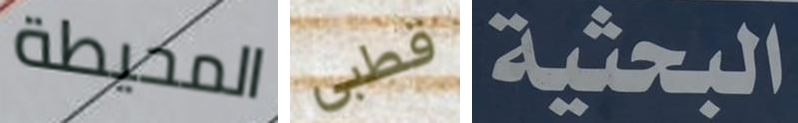
المحيطة قطبي البحثية